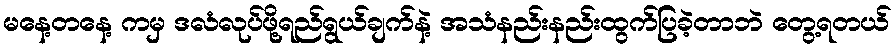
မနေ့တနေ့ ကမှ ဒလံလုပ်ဖို့ရည်ရွယ်ချက်နဲ့ အသံနည်းနည်းထွက်ပြခဲ့တာဘဲ တွေ့ရတယ်